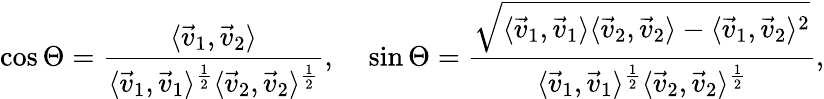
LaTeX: \cos\Theta=\frac{\langle\vec{v}_{1},\vec{v}_{2}\rangle}{\langle\vec{v}_{1},\vec{v}_{1}\rangle^{\frac{1}{2}}\langle\vec{v}_{2},\vec{v}_{2}\rangle^{\frac{1}{2}}},\; \; \; \; \sin\Theta=\frac{\sqrt{\langle\vec{v}_{1},\vec{v}_{1}\rangle\langle\vec{v}_{2},\vec{v}_{2}\rangle-\langle\vec{v}_{1},\vec{v}_{2}\rangle^{2}}}{\langle\vec{v}_{1},\vec{v}_{1}\rangle^{\frac{1}{2}}\langle\vec{v}_{2},\vec{v}_{2}\rangle^{\frac{1}{2}}},